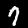
Label: 7